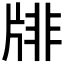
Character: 𤗋